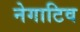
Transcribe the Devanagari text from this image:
नेगाटिव